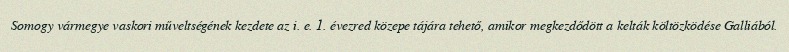
Somogy vármegye vaskori műveltségének kezdete az i. e. 1. évezred közepe tájára tehető, amikor megkezdődött a kelták költözködése Galliából.